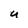
Character: U